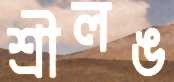
শ্রীলঙ